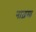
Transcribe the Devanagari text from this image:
नाज़मा